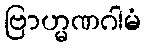
ဗြာဟ္မဏဂါမံ